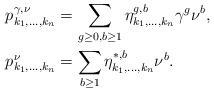
LaTeX: \begin{align*} p^{\gamma,\nu}_{k_1,\ldots,k_n} &= \sum_{g\geq 0, b\geq 1} \eta^{g,b}_{k_1,\ldots, k_n}\gamma^g\nu^b, \\p^\nu_{k_1,\ldots,k_n} &= \sum_{b\geq 1} \eta^{*,b}_{k_1,\ldots, k_n}\nu^b.\end{align*}